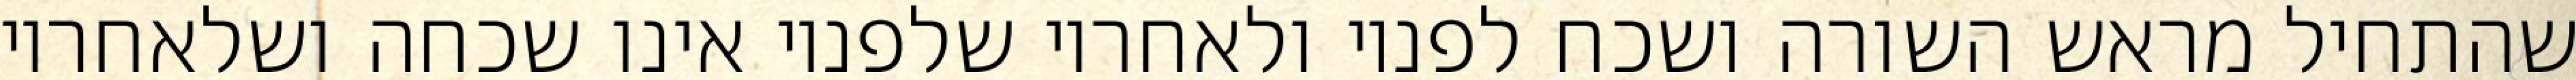
שהתחיל מראש השורה ושכח לפניו ולאחריו שלפניו אינו שכחה ושלאחריו